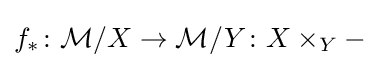
f_{*}\colon {\mathcal {M}}/X\rightarrow {\mathcal {M}}/Y\colon X\times _{Y}-